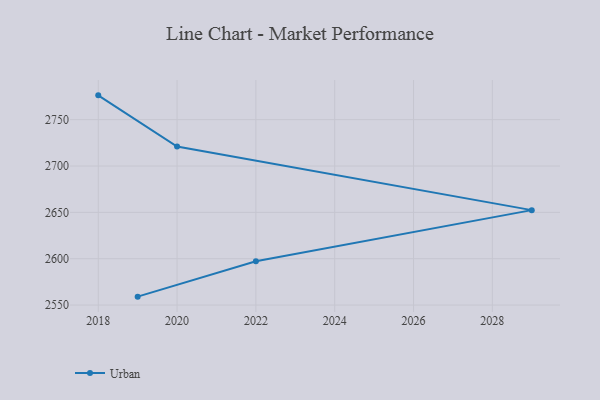
{"axis": {"x": "Year", "y": "Inventory Turnover"}, "legend": ["Urban"], "data": [{"x": "2018", "y": 2776.2, "type": "Urban"}, {"x": "2020", "y": 2721.0, "type": "Urban"}, {"x": "2029", "y": 2652.4, "type": "Urban"}, {"x": "2022", "y": 2597.3, "type": "Urban"}, {"x": "2019", "y": 2559.1, "type": "Urban"}]}